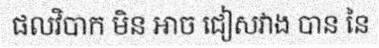
ផលវិបាក មិន អាច ជៀសវាង បាន នៃ